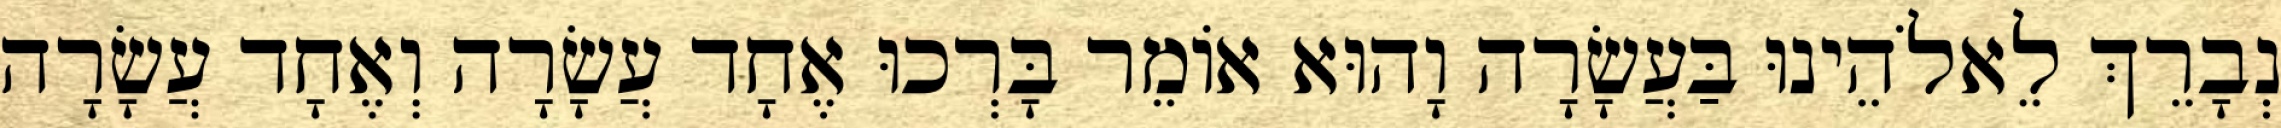
נְבָרֵךְ לֵאלֹהֵינוּ בַּעֲשָׂרָה וָהוּא אוֹמֵר בָּרְכוּ אֶחָד עֲשָׂרָה וְאֶחָד עֲשָׂרָה